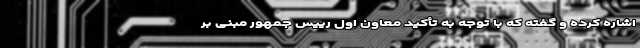
اشاره کرده و گفته که با توجه به تأکید معاون اول رییس جمهور مبنی بر